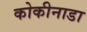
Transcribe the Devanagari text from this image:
कोकीनाडा